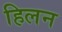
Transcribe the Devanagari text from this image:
हिलन